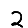
Digit: 2